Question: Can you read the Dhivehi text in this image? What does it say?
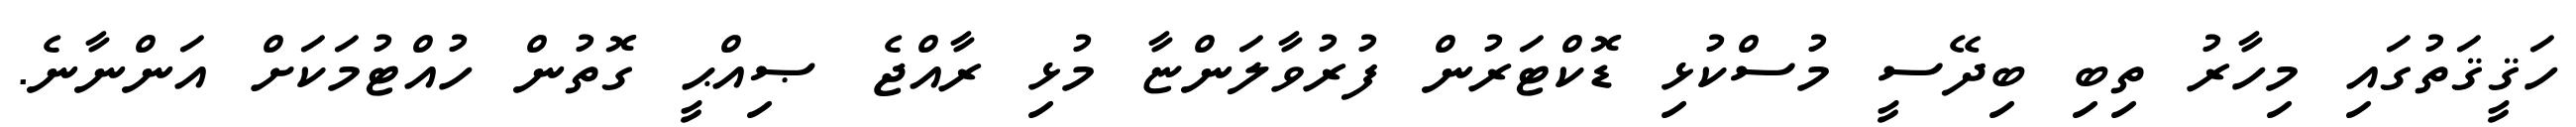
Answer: ހަޤީޤަތުގައި މިހާރު ތިބި ބިދޭސީ މުސްކުޅި ޑޮކްޓަރުން ފުރުވާލަންޏާ މުޅި ރާއްޖެ ޞިއްޙީ ގޮތުން ހުއްޓުމަކަށް އަންނާނެ.